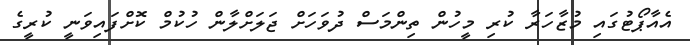
އެއާޕޯޓުގައި މުޒާހަރާ ކުރި މީހުން ތިންމަސް ދުވަހަށް ޖަލަށްލާން ހުކުމް ކޮށްފައިވަނީ ކުރީގެ